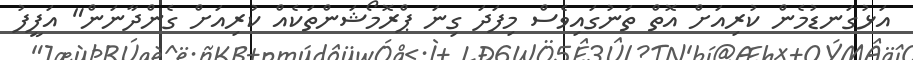
އަޅުގަނޑުމެން ކުރިއަށް އޮތް ތަނުގައިވެސް މިފަދަ ގިނަ ޕްރޮމޯޝަންތަކެއް ކުރިއަށް ގެންދާނަން" އަފީފު